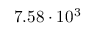
7 . 5 8 \cdot 1 0 ^ { 3 }